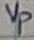
Text: vp